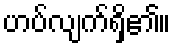
ဟပ်လျက်ရှိ၏။